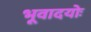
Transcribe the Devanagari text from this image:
भूवादयोः